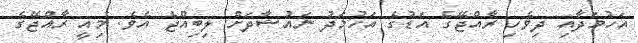
އަހުމަދާއި ދިވެހި ރާއްޖޭގެ އަޑުގެ އަހުމަދު ނައުޝާދަށް ލިބިއްޖެ އެވެ. މިއީ ރާއްޖޭގެ